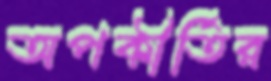
অপকীর্তির